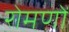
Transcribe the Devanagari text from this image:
रोमणों